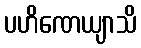
ပဟိဏေယျာသိ